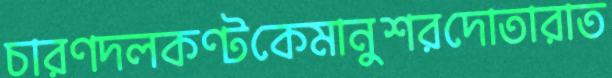
চারণদলকণ্টকেমানুশরদোতারাত